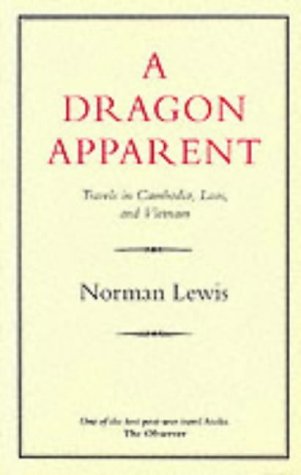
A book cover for A Dragon Apparent; Norman Lewis; Travel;